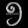
Digit: ၅